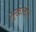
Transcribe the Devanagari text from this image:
सूखाती।